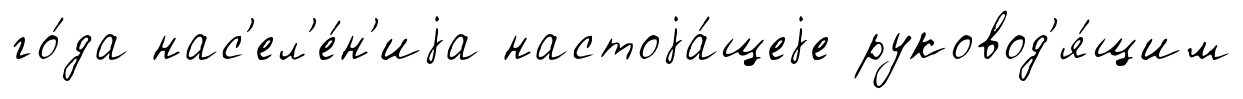
го́да нас'ел'е́н'иjа настоjа́щеjе руковод'я́щим